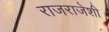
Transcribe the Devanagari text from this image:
राजराजेशी